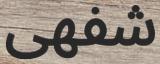
شفھى